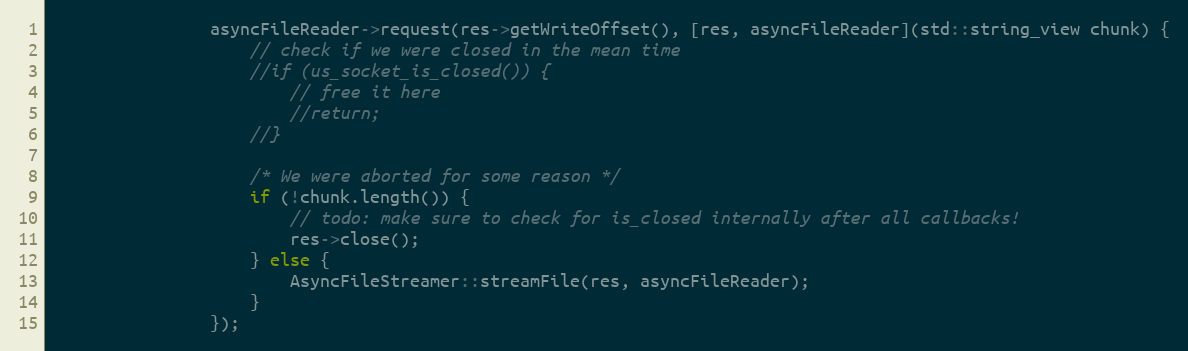
Language: C
                asyncFileReader->request(res->getWriteOffset(), [res, asyncFileReader](std::string_view chunk) {
                    // check if we were closed in the mean time
                    //if (us_socket_is_closed()) {
                        // free it here
                        //return;
                    //}

                    /* We were aborted for some reason */
                    if (!chunk.length()) {
                        // todo: make sure to check for is_closed internally after all callbacks!
                        res->close();
                    } else {
                        AsyncFileStreamer::streamFile(res, asyncFileReader);
                    }
                });